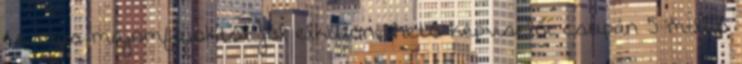
és más majomfajoktól jól elkülöníthető képviselői csupán 5 millió